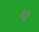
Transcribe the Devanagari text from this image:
बेट्सि